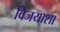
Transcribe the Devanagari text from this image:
विजयाशा